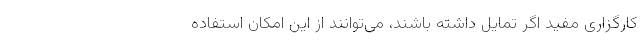
کارگزاری مفید اگر تمایل داشته باشند، می‌توانند از این امکان استفاده